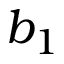
b _ { 1 }